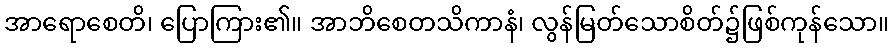
အာရောစေတိ၊ ပြောကြား၏။ အာဘိစေတသိကာနံ၊ လွန်မြတ်သောစိတ်၌ဖြစ်ကုန်သော။